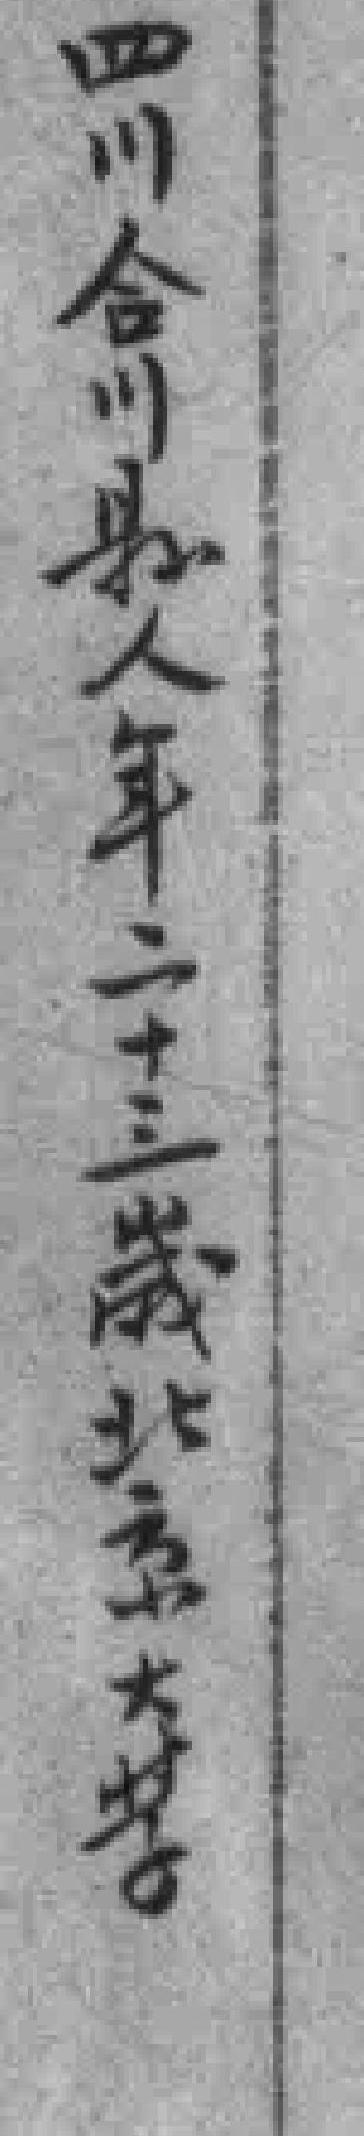
四川合川縣人年二十三歲北京大學